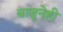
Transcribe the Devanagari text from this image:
बाजूनेही